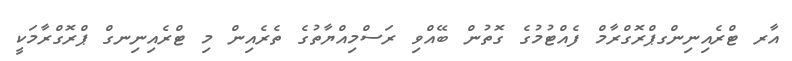
އާރ ޓްރެއިނިންގޕްރޮގްރާމް ފެއްޓުމުގެ ގޮތުން ބޭއްވި ރަސްމިއްޔާތުގެ ތެރެއިން މި ޓްރެއިނިނގް ޕްރޮގްރާމަކީ